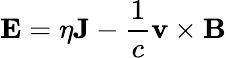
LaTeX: \mathbf{E}=\eta\mathbf{J}-\frac{1}{c}\mathbf{v}\times\mathbf{B}